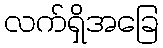
လက်ရှိအခြေ